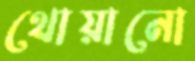
থোয়ানো